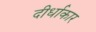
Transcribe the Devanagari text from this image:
दीर्धाकार